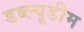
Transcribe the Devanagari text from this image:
डब्ल्यूडीम